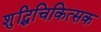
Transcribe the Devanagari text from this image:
शुद्धिचिकित्सक